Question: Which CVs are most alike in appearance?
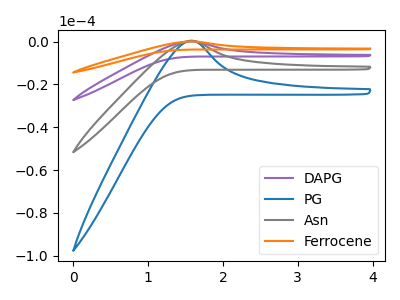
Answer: <think>The purple curve "DAPG" has an anodic peak at: (1.55V, 0.45uA). The blue curve "PG" has an anodic peak at: (1.55V, 0.40uA). The gray curve "Asn" has an anodic peak at: (1.55V, 0.20uA). The orange curve "Ferrocene" has an anodic peak at: (1.55V, 0.65uA).
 All the peaks in "DAPG" have a peak in "PG" at the same potential. Every peak in "DAPG" is higher than every peak in "PG". All the peaks in "DAPG" have a peak in "Asn" at the same potential. Every peak in "DAPG" is higher than every peak in "Asn". All the peaks in "DAPG" have a peak in "Ferrocene" at the same potential. Every peak in "DAPG" is lower than every peak in "Ferrocene". All the peaks in "PG" have a peak in "Asn" at the same potential. Every peak in "PG" is higher than every peak in "Asn". All the peaks in "PG" have a peak in "Ferrocene" at the same potential. Every peak in "PG" is lower than every peak in "Ferrocene". All the peaks in "Asn" have a peak in "Ferrocene" at the same potential. Every peak in "Asn" is lower than every peak in "Ferrocene".</think>
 <answer>"PG", "DAPG", "Asn" and "Ferrocene" have the same shape and are likely CV's of the same chemical.</answer>
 <eval>"PG" "DAPG" "Asn" "Ferrocene"</eval>